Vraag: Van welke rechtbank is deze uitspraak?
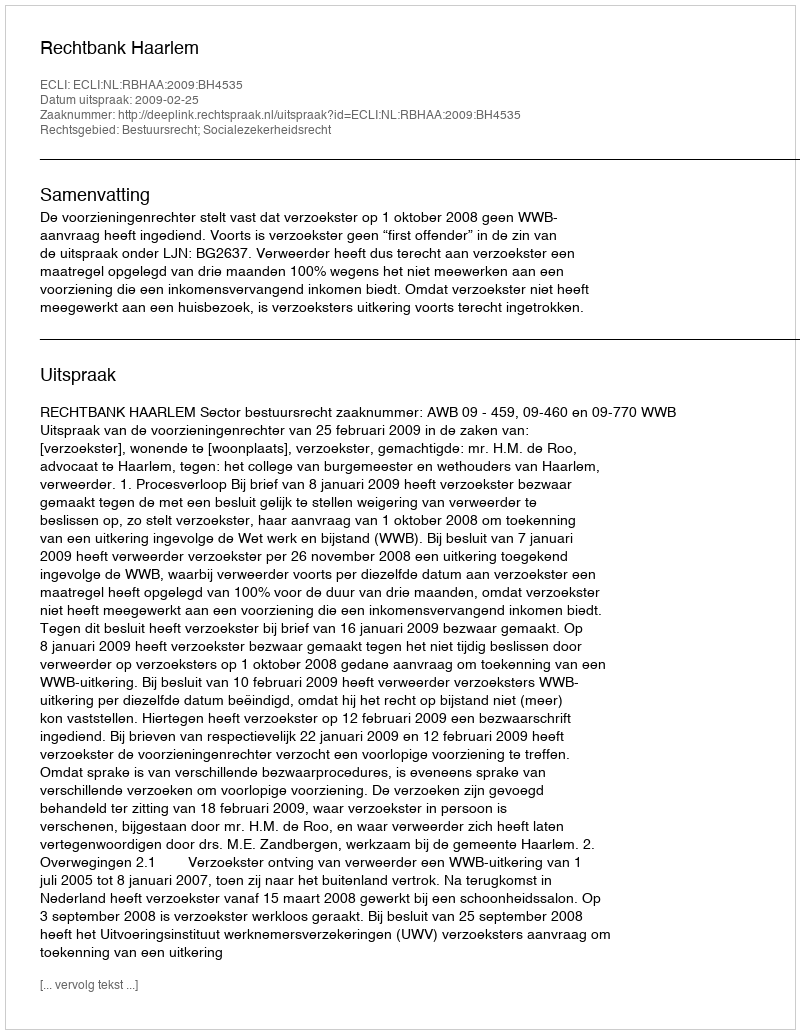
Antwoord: Rechtbank Haarlem